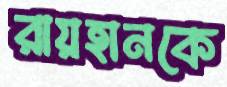
রায়হানকে